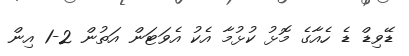
ޑޭވިޑް ޑެ ހެއާގެ މޮޅު ކުޅުމާ އެކު އެވަޓަން އަތުން 2-1 އިން